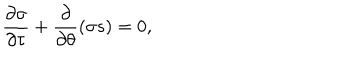
\frac { \partial \sigma } { \partial \tau } + \frac { \partial } { \partial \theta } ( \sigma s ) = 0 ,